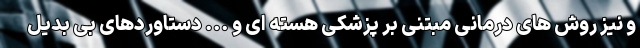
و نیز روش های درمانی مبتنی بر پزشکی هسته ای و ... دستاوردهای بی بدیل